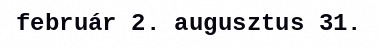
február 2. augusztus 31.